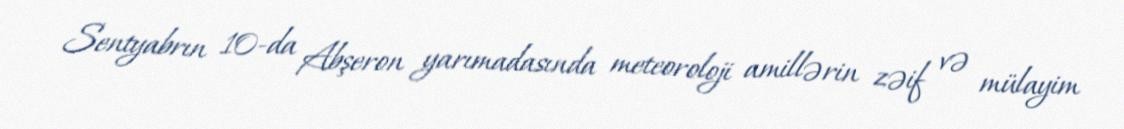
Sentyabrın 10-da Abşeron yarımadasında meteoroloji amillərin zəif və mülayim